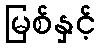
မြစ်နှင့်